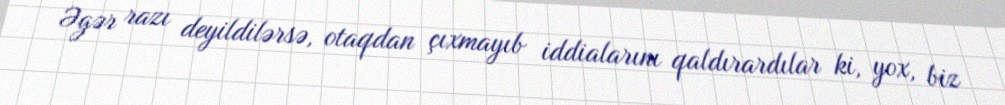
Əgər razı deyildilərsə, otaqdan çıxmayıb iddialarını qaldırardılar ki, yox, biz